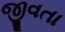
જીવતા